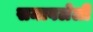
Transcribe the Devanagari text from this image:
समावलेली